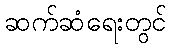
ဆက်ဆံရေးတွင်